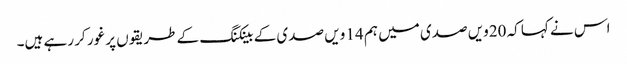
اس نے کہا کہ 20ویں صدی میں ہم 14 ویں صدی کے بینکنگ کے طریقوں پر غور کر رہے ہیں۔